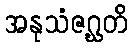
အနုသံဇဂ္ဃတိ